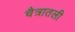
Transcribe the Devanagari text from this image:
चैत्रातली